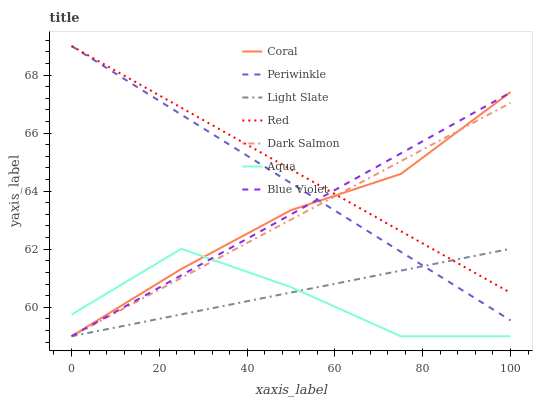
| xaxis_label | Coral | Periwinkle | Light Slate | Red | Dark Salmon | Aqua | Blue Violet |
 | --- | --- | --- | --- | --- | --- | --- | --- |
 | 0 | 59 | 69 | 59 | 69 | 59 | 59.7 | 59 |
 | 25 | 61.3 | 66.6 | 59.8 | 66.9 | 61 | 62 | 61.1 |
 | 50 | 63.3 | 64.3 | 60.5 | 64.7 | 63 | 60.7 | 63.2 |
 | 75 | 64.6 | 61.9 | 61.3 | 62.6 | 65 | 59 | 65.3 |
 | 100 | 67.4 | 59.5 | 62 | 60.5 | 67 | 59 | 67.4 |